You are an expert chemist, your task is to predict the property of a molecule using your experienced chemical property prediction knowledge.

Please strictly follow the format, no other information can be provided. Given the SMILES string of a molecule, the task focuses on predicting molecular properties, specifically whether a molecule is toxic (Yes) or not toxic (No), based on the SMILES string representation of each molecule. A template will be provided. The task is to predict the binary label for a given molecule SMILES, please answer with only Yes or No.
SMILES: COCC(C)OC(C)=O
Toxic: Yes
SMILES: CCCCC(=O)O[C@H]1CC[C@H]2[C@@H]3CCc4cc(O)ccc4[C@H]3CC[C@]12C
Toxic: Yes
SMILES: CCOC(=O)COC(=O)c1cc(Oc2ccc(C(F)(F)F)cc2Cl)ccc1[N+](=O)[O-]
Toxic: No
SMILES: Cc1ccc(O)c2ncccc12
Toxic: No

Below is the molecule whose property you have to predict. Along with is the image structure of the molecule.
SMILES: CCN(CC)CCNC(=O)c1cc(S(C)(=O)=O)ccc1OC
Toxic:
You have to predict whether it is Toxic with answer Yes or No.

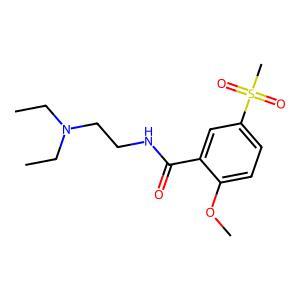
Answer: No